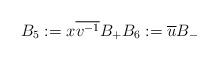
LaTeX: \begin{align*}B_5:=x\overline{v^{-1}}B_+ B_6:=\overline{u}B_-\end{align*}